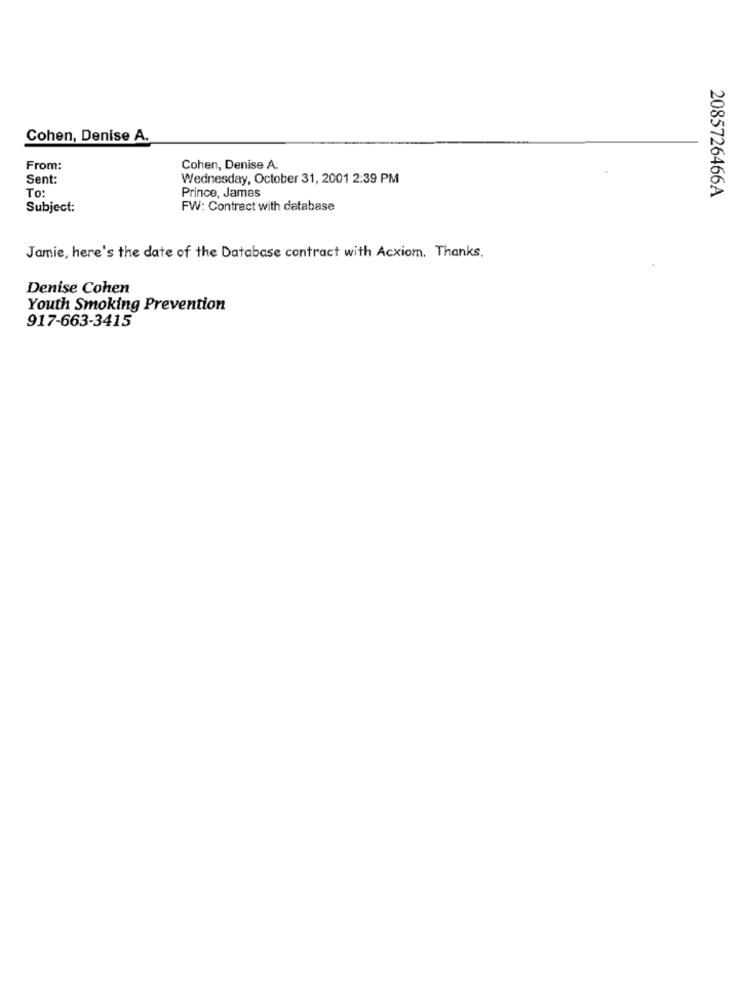
Cohen, Denise A.
From:
Cohen, Denise A.
Sent:
Wednesday, October 31, 2001 2:39 PM
To:
Prince, James
2085726466A
Subject:
FW: Contract with database
Jamie, here's the date of the Database contract with Acxiom. Thanks,
Denise Cohen
Youth Smoking Prevention
917-663-3415